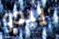
يبدو